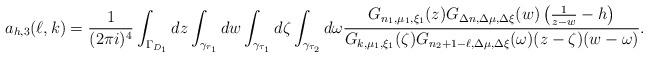
LaTeX: \begin{align*}a_{h,3}(\ell,k)=\frac 1{(2\pi i)^4}\int_{\Gamma_{D_1}}dz\int_{\gamma_{r_1}}dw\int_{\gamma_{\tau_1}}d\zeta\int_{\gamma_{\tau_2}}d\omega\frac{G_{n_1,\mu_1,\xi_1}(z)G_{\Delta n,\Delta\mu,\Delta\xi}(w)\left(\frac 1{z-w}-h\right)}{G_{k,\mu_1,\xi_1}(\zeta)G_{n_2+1-\ell,\Delta\mu,\Delta\xi}(\omega)(z-\zeta)(w-\omega)}.\end{align*}